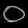
Digit: ၀